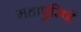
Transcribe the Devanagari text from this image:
महापुरिषों